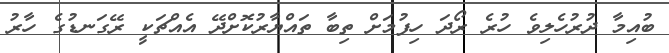
ބުއިމާ ދުރުހެލިވެ ހުރެ ރޯދަ ހިފުމަށް ތިބާ ތައްޔާރުކޮށްދޭ އެއްޗަކީ ރޭގަނޑުގެ ހާރު